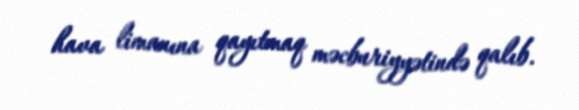
hava limanına qayıtmaq məcburiyyətində qalıb.